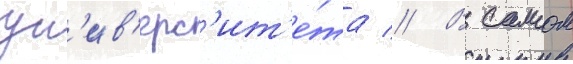
ун'ив'ерс'ит'е́та // В самом